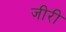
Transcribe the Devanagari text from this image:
जीरी